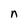
Character: n